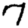
Digit: 7